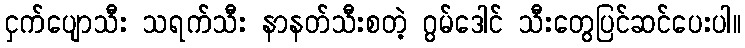
ငှက်ပျောသီး သရက်သီး နာနတ်သီးစတဲ့ ဂွမ်ဒေါင် သီးတွေပြင်ဆင်ပေးပါ။